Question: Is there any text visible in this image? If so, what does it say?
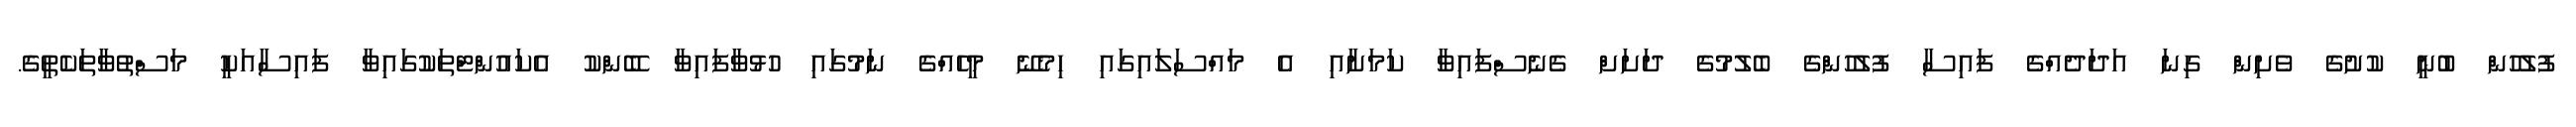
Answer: ފުލުހުން ބުނީ ކުށުގެ ވެށިން ގިނަ އަދަދެއްގެ ފައިސާ ފުލުހުންގެ ބެލުމުގެ ދަށަށް ގެނެސްފައިވާ ކަމަށާއި އެ މައްސަލައިގައި ހިމެނޭ މީހެއްގެ ނަމުގައި ހުޅުވާފައިވާ ބޭންކު އެކައުންޓްތަކުގައިވާ ފައިސާއަކީ މަސްތުވާތަކެތީގެ.